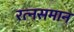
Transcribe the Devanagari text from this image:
रत्‍नसमान